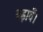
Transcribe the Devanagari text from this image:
बढ़ावें।